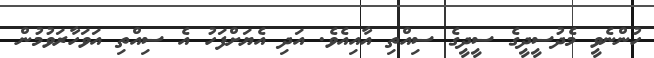
ހުންނެވީ މެދުސީދީގެ ސީދީގެ ސިއްތި އާއިއެވެ. އަދި އެޔަށްފަހު އެ ސިއްތި އަވަހާރަވުމުން